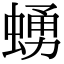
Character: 𧍛